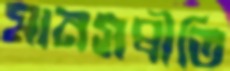
মানসপ্রীতি